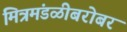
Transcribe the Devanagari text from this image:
मित्रमंडळीबरोबर